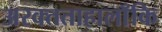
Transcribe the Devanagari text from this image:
अरक्तताहालाँकि